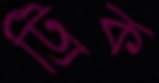
ট্রিক